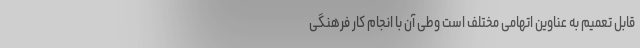
قابل تعمیم به عناوین اتهامی مختلف است وطی آن با انجام کار فرهنگی